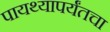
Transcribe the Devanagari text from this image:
पायथ्यापर्यंतचा